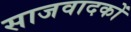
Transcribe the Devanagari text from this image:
साजवादकों